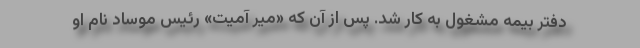
دفتر بیمه مشغول به کار شد. پس از آن که «میر آمیت» رئیس موساد نام او